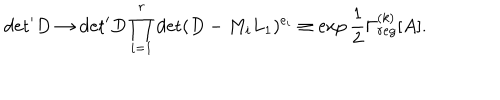
{ \det } ^ { \prime } D \to { \det } ^ { \prime } D \prod _ { i = 1 } ^ { r } \det ( D - M _ { i } L _ { 1 } ) ^ { e _ { i } } \equiv \exp \frac { 1 } { 2 } \Gamma _ { r e g } ^ { ( k ) } [ A ] .